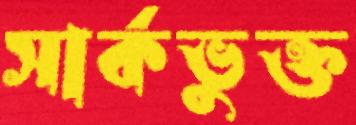
সার্কভুক্ত